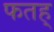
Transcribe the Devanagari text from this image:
फतह्